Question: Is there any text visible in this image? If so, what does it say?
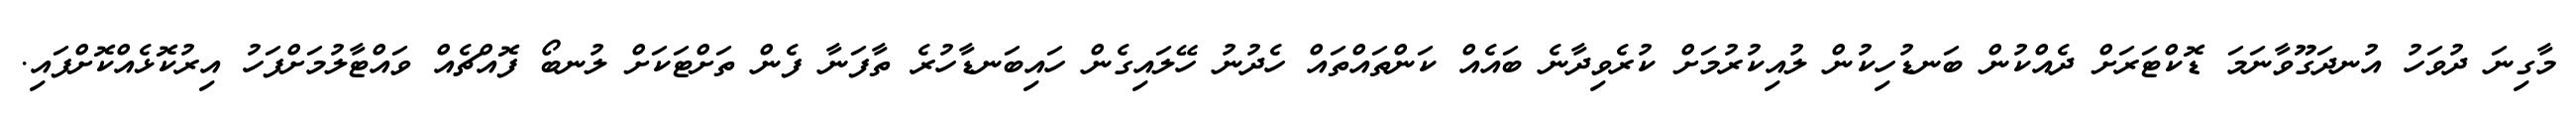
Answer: މާގިނަ ދުވަހު އުނދަގޫވާނަމަ ޑޮކްޓަރަށް ދެއްކުން ބަނޑުހިކުން ލުއިކުރުމަށް ކުރެވިދާނެ ބައެއް ކަންތައްތައް ހެދުނު ހޭލައިގެން ހައިބަނޑާހުރެ ތާފަނާ ފެން ތަށްޓަކަށް ލުނބޯ ފޮއްޗެއް ވައްޓާލުމަށްފަހު އިރުކޮޅެއްކޮށްފައި.